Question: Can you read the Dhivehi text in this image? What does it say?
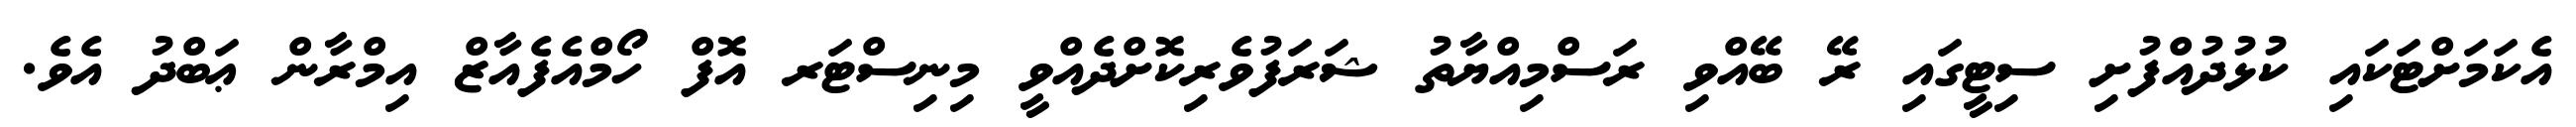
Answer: އެކަމަށްޓަކައި ކުޅުދުއްފުށި ސިޓީގައި ރޭ ބޭއްވި ރަސްމިއްޔާތު ޝަރަފުވެރިކޮށްދެއްވީ މިނިސްޓަރ އޮފް ހޯމްއެފެއާޒް އިމްރާން ޢަބްދު އެވެ.